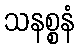
သနစ္စနံ